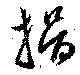
捐